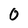
Character: O